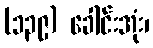
(၁၃၉) ခေါင်းအုံး၊